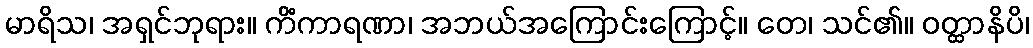
မာရိသ၊ အရှင်ဘုရား။ ကိံကာရဏာ၊ အဘယ်အကြောင်းကြောင့်။ တေ၊ သင်၏။ ဝတ္ထာနိပိ၊